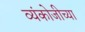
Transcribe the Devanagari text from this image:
व्यंकोजीच्या